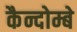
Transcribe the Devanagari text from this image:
कैन्दोम्बे